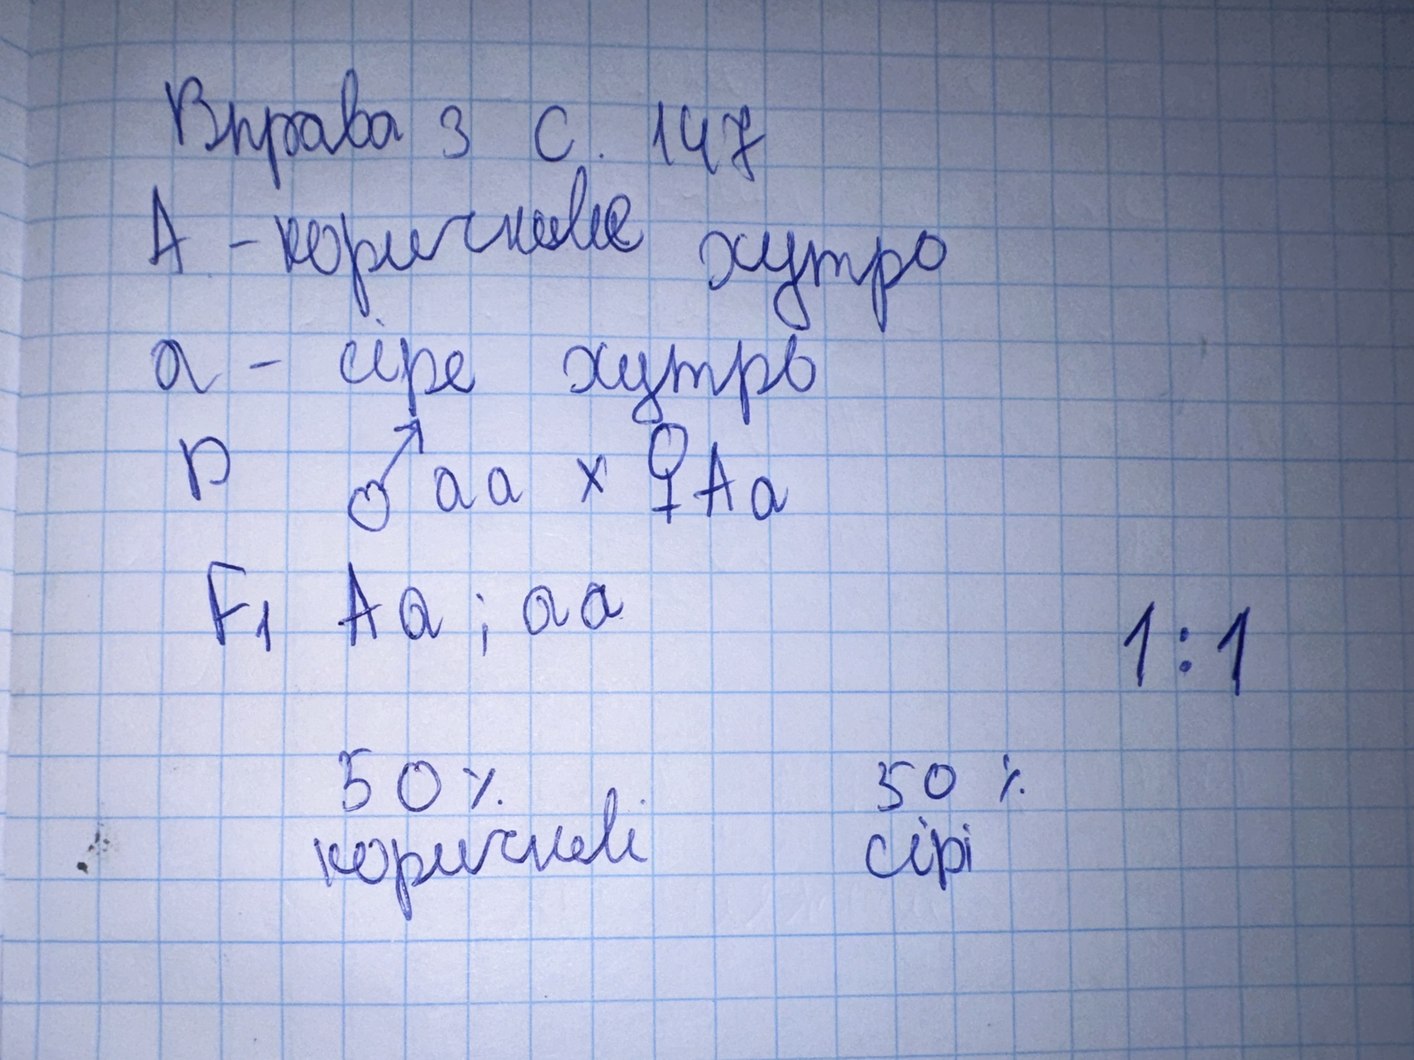
Вправа 3 с. 147
А - коричниве хутро
а - сіре хутро
P \quad \text{\male} aa \times \text{\female} Aa
F_1 Aa; aa
1:1
50 %
50%
коричневі
cipi